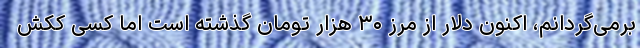
برمی‌گردانم، اکنون دلار از مرز ۳۰ هزار تومان گذشته است اما کسی ککش